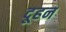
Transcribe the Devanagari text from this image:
दूहन